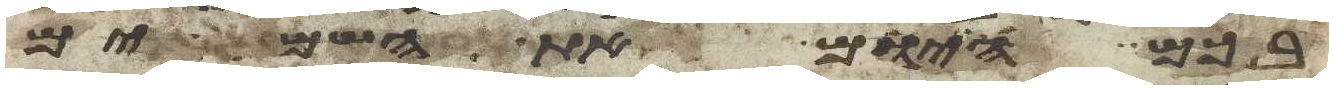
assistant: בכם היום את השמים